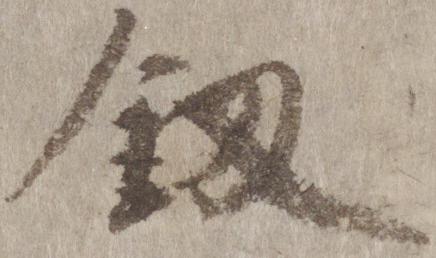
剣